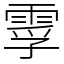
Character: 䨗